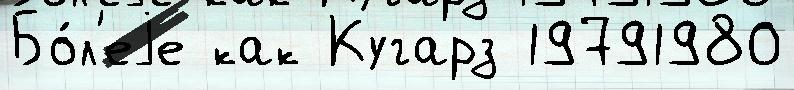
Бо́л'еjе как Кугарз 19791980